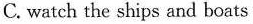
C. Watch the ships and boats